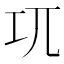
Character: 𭘄